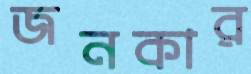
জনকার